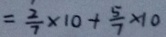
= \frac { 2 } { 7 } \times 1 0 + \frac { 5 } { 7 } \times 1 0